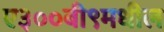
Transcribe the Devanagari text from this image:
ए३००बी९मधील